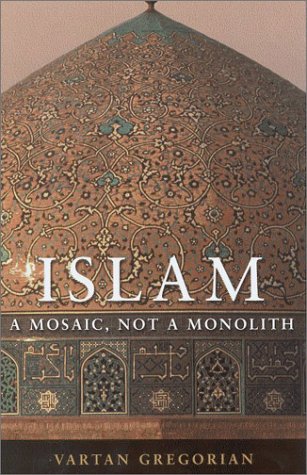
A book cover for Islam: A Mosaic, Not a Monolith; Vartan Gregorian; Business & Money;